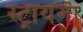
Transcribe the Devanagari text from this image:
स्ट्रायगा